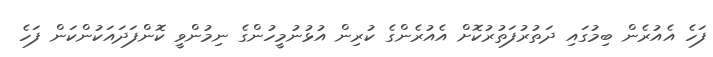
ފަހެ އެއުރެން ބިމުގައި ދަތުރުފަތުރުކޮށް އެއުރެންގެ ކުރިން އުޅުނުމީހުންގެ ނިމުންވީ ކޮންފަދައަކުންކަން ފަހެ